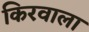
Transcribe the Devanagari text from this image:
किरवाला